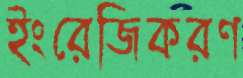
ইংরেজিকরণ